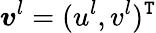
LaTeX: {\boldsymbol v}^{l}=(u^{l},v^{l})^{\mathtt{T}}